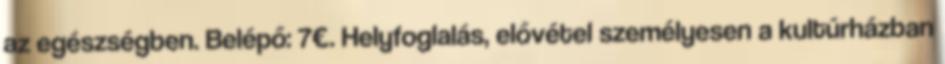
az egészségben. Belépő: 7€. Helyfoglalás, elővétel személyesen a kultúrházban